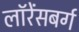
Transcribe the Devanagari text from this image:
लॉरेंसबर्ग